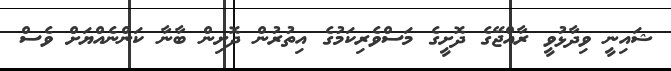
ޝައިނީ ވިދާޅުވީ ރާއްޖޭގެ ދޮށީގެ މަސްވެރިކަމުގެ އިތުރުން ދޮށިން ބާނާ ކަންނެއްޔަށް ވެސް